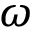
\omega